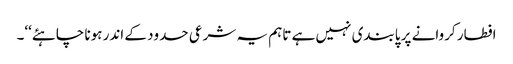
افطار کروانے پر پابندی نہیں ہے تاہم یہ شرعی حدود کے اندر ہونا چاہئے‘‘۔